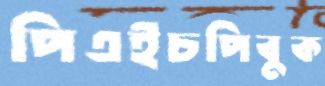
পিএইচপিবুক